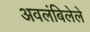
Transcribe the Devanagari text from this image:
अवलंबिलेले